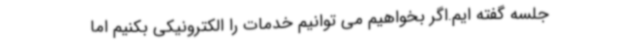
جلسه گفته ایم.اگر بخواهیم می توانیم خدمات را الکترونیکی بکنیم اما